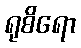
ရုစိရော